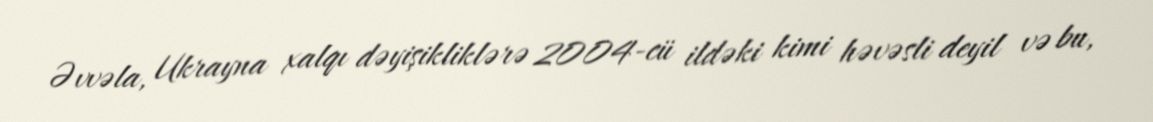
Əvvəla, Ukrayna xalqı dəyişikliklərə 2004-cü ildəki kimi həvəsli deyil və bu,